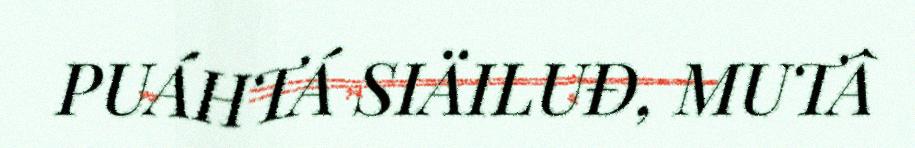
PUÁHTÁ SIÄILUĐ, MUTÂ